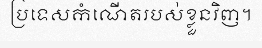
ប្រទេសកំណើតរបស់ខ្លួនវិញ។